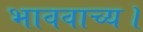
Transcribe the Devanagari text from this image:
भाववाच्य।